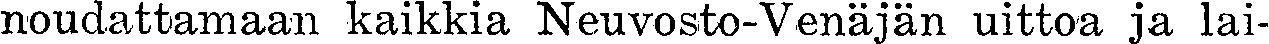
noudattamaan kaikkia Neuvosto-Venäjän uittoa ja lai-